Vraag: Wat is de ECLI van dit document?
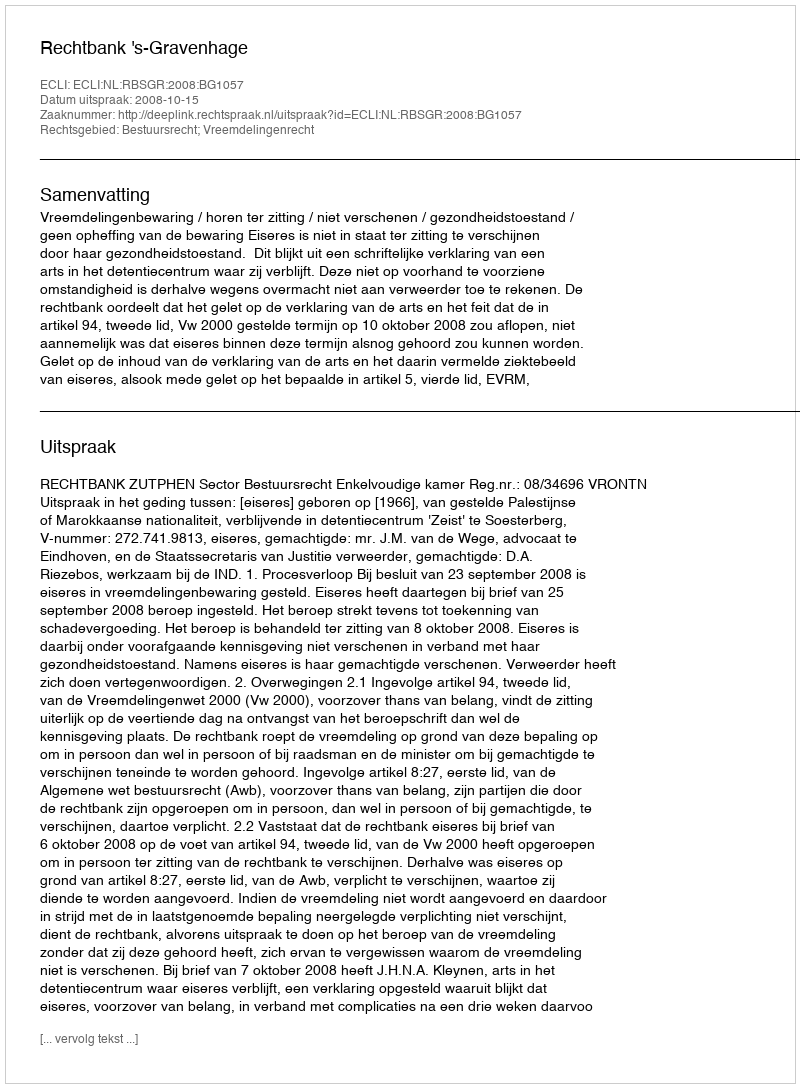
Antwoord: ECLI:NL:RBSGR:2008:BG1057